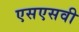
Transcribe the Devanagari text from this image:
एसएसवी